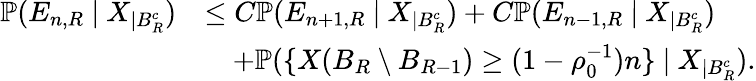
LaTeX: \begin{array}{rl}{\mathbb{P}(E_{n,R}\ |\ X_{|B_{R}^{c}})}&{\leq C\mathbb{P}(E_{n+1,R}\ |\ X_{|B_{R}^{c}})+C\mathbb{P}(E_{n-1,R}\ |\ X_{|B_{R}^{c}})}\\ &{\quad+\mathbb P(\{ X(B_{R}\setminus B_{R-1})\geq(1-\rho_{0}^{-1})n\} \ |\ X_{|B_{R}^{c}}).}\end{array}